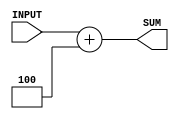
//Add two 8bit numbers without carry


module plusfour (input [31:0] INPUT, output [31:0] SUM);

assign SUM = INPUT + 4;

endmodule